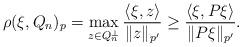
LaTeX: \begin{align*} \rho(\xi,Q_n)_p = \max_{z\in Q_n^\perp} \frac{\langle \xi,z\rangle}{\|z\|_{p'}} \ge \frac{\langle \xi,P\xi\rangle}{\|P\xi\|_{p'}}. \end{align*}